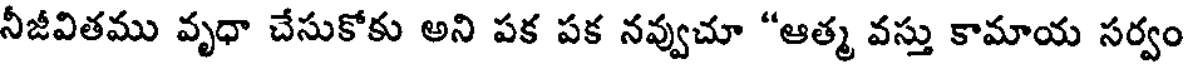
నీజీవితము వృధా చేసుకోకు అని పక పక నవ్వుచూ "ఆత్మ వస్తు కామాయ సర్వం